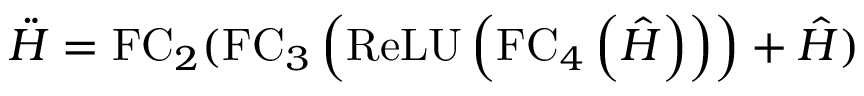
\ddot { H } = \mathrm { F C } _ { 2 } ( \mathrm { F C } _ { 3 } \left( \operatorname { R e L U } \left( \mathrm { F C } _ { 4 } \left( \hat { H } \right) \right) \right) + \hat { H } )